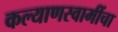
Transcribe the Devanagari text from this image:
कल्याणस्वामींचा